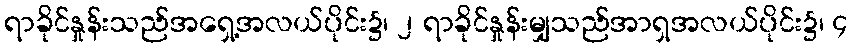
ရာခိုင်နှုန်းသည်အရှေ့အလယ်ပိုင်း၌၊ ၂ ရာခိုင်နှုန်းမျှသည်အာရှအလယ်ပိုင်း၌၊ ၄